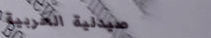
صيدلية العربية